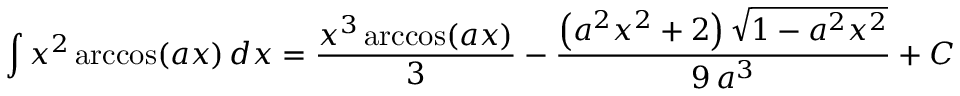
\int x ^ { 2 } \operatorname { a r c c o s } ( a x ) \, d x = { \frac { x ^ { 3 } \operatorname { a r c c o s } ( a x ) } { 3 } } - { \frac { \left( a ^ { 2 } x ^ { 2 } + 2 \right) { \sqrt { 1 - a ^ { 2 } x ^ { 2 } } } } { 9 \, a ^ { 3 } } } + C